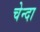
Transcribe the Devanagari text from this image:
चेन्दा